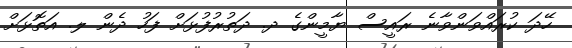
ހޭދަ ކުރައްވަންވާނެ ރައީސް ޔާމީންގެ ދ. ދަތުރުފުޅަށް ފަހު ދެން ލ. އަތޮޅަށް